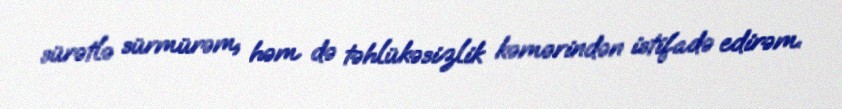
sürətlə sürmürəm, həm də təhlükəsizlik kəmərindən istifadə edirəm.